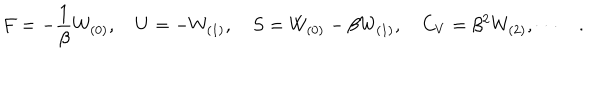
LaTeX: F = - { \frac { 1 } { \beta } } W _ { ( 0 ) } , \quad U = - W _ { ( 1 ) } , \quad S = W _ { ( 0 ) } - \beta W _ { ( 1 ) } , \quad C _ { V } = \beta ^ { 2 } W _ { ( 2 ) } , \cdots \quad .